Plague in India, 1896, 1897 - Volume 1
Year: 1896
Disease focus: Plague
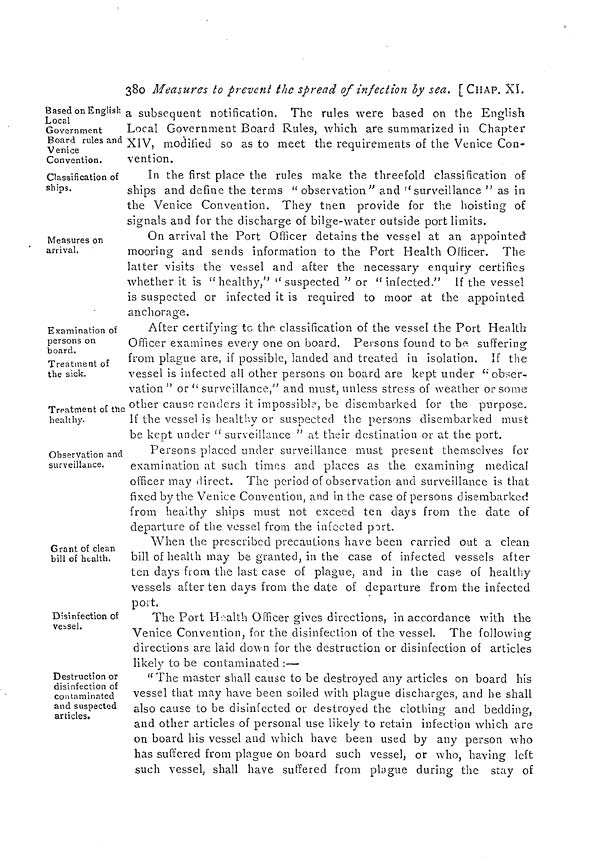
380 Measures to prevent the spread of infection by sea. [CHAP. XL
Based on English
Local
Government
Board rules and
Venice
Convention.
a subsequent notification. The rules were based on the English
Local Government Board Rules, which are summarized in Chapter
XIV, modified so as to meet the requirements of the Venice Con-
vention.
Classification of
ships.
In the first place the rules make the threefold classification of
ships and define the terms " observation" and "surveillance " as in
the Venice Convention. They then provide for the hoisting of
signals and for the discharge of bilge-water outside port limits.
Measures on
arrival.
On arrival the Port Officer detains the vessel at an appointed
mooring and sends information to the Port Health Officer. The
latter visits the vessel and after the necessary enquiry certifies
whether it is " healthy," " suspected " or "infected." If the vessel
is suspected or infected it is required to moor at the appointed
anchorage.
Examination of
persons on
board.
Treatment of
the sick.
Treatment of the
healthy.
After certifying to the classification of the vessel the Port Health
Officer examines every one on board. Persons found to be suffering:
*
from plague are, if possible, landed and treated in isolation. If the
vessel is infected all other persons on board are kept under " obser-
vation " or " surveillance," and must, unless stress of weather or some
other cause renders it impossible, be disembarked for the purpose.
If the vessel is healthy or suspected the persons disembarked must
be kept under " surveillance " at their destination or at the port.
Observation and
surveillance.
Persons placed under surveillance must present themselves for
examination at such times and places as the examining medical
officer may direct. The period of observation and surveillance is that
fixed by the Venice Convention, and in the case of persons disembarked
from healthy ships must not exceed ten days from the date of
departure of the vessel from the infected port.
Grant of clean
bill of health.
When the prescribed precautions have been carried out a clean
bill of health may be granted, in the case of infected vessels after
ten days from the last case of plague, and in the case of healthy
vessels after ten days from the date of departure from the infected
port.
Disinfection of
vebsel.
The Port Health Officer gives directions, in accordance with the
Venice Convention, for the disinfection of the vessel. The following;
directions are laid down for the destruction or disinfection of articles
likely to be contaminated :—
Destruction or
disinfection of
contaminated
and suspected
articles.
"The master shall cause to be destroyed any articles on board his
vessel that may have been soiled with plague discharges, and he shall
also cause to be disinfected or destroyed the clothing and bedding,
and other articles of personal use likely to retain infection which are
on board his vessel and which have been used by any person who
has suffered from plague on board such vessel, or who, having left
such vessel, shall have suffered from plague during the stay of